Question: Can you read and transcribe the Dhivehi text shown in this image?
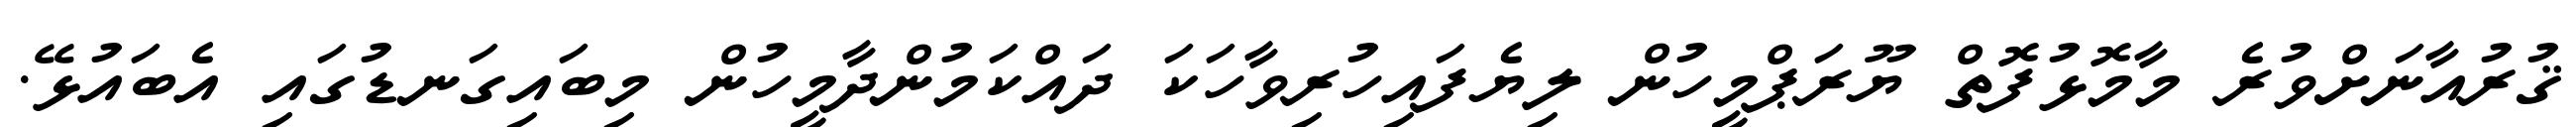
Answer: ޤުރުއާނަށްވުރެ މާމޮޅުފޮތް ޔޫރަޕްމީހުން ލިޔެފައިހުރިވާހަކަ ދައްކަމުންދާމީހުން މިބައިގަނޑުގައި އެބައުޅޭ.